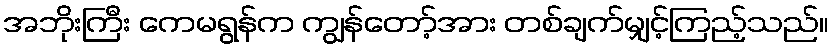
အဘိုးကြီး ကေမရွန်က ကျွန်တော့်အား တစ်ချက်မျှင့်ကြည့်သည်။